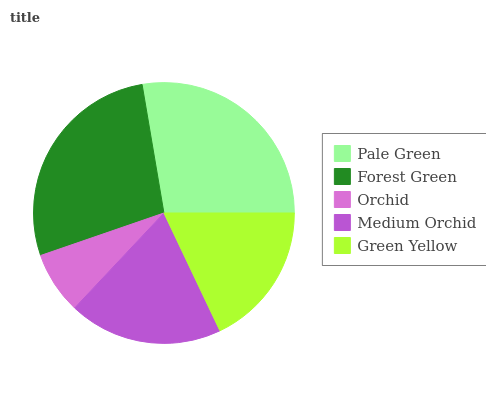
| Pale Green | Forest Green | Orchid | Medium Orchid | Green Yellow |
 | --- | --- | --- | --- | --- |
 | 27.7% | 27.5% | 7.72% | 19.1% | 18% |